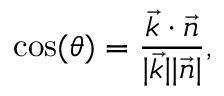
\cos ( \theta ) = \frac { \vec { k } \cdot \vec { n } } { \vert \vec { k } \vert \vert \vec { n } \vert } ,